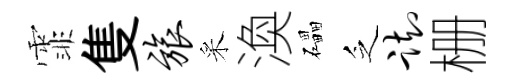
霏隻旅采渙礧乏踟栅